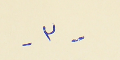
- ٣ -